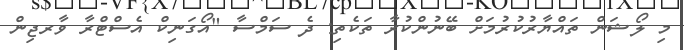
މި ލޯޝަން ތައްޔާރުކުރުމަށް ބޭނުންކުރާ ތަކެތި: ދެ ސަމްސާ "އޯގަނިކް އެސްޓްރާ ވާރޖިން